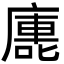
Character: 廤